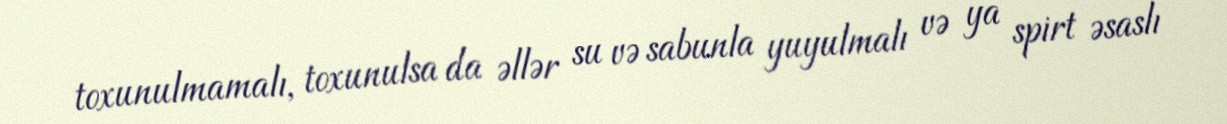
toxunulmamalı, toxunulsa da əllər su və sabunla yuyulmalı və ya spirt əsaslı